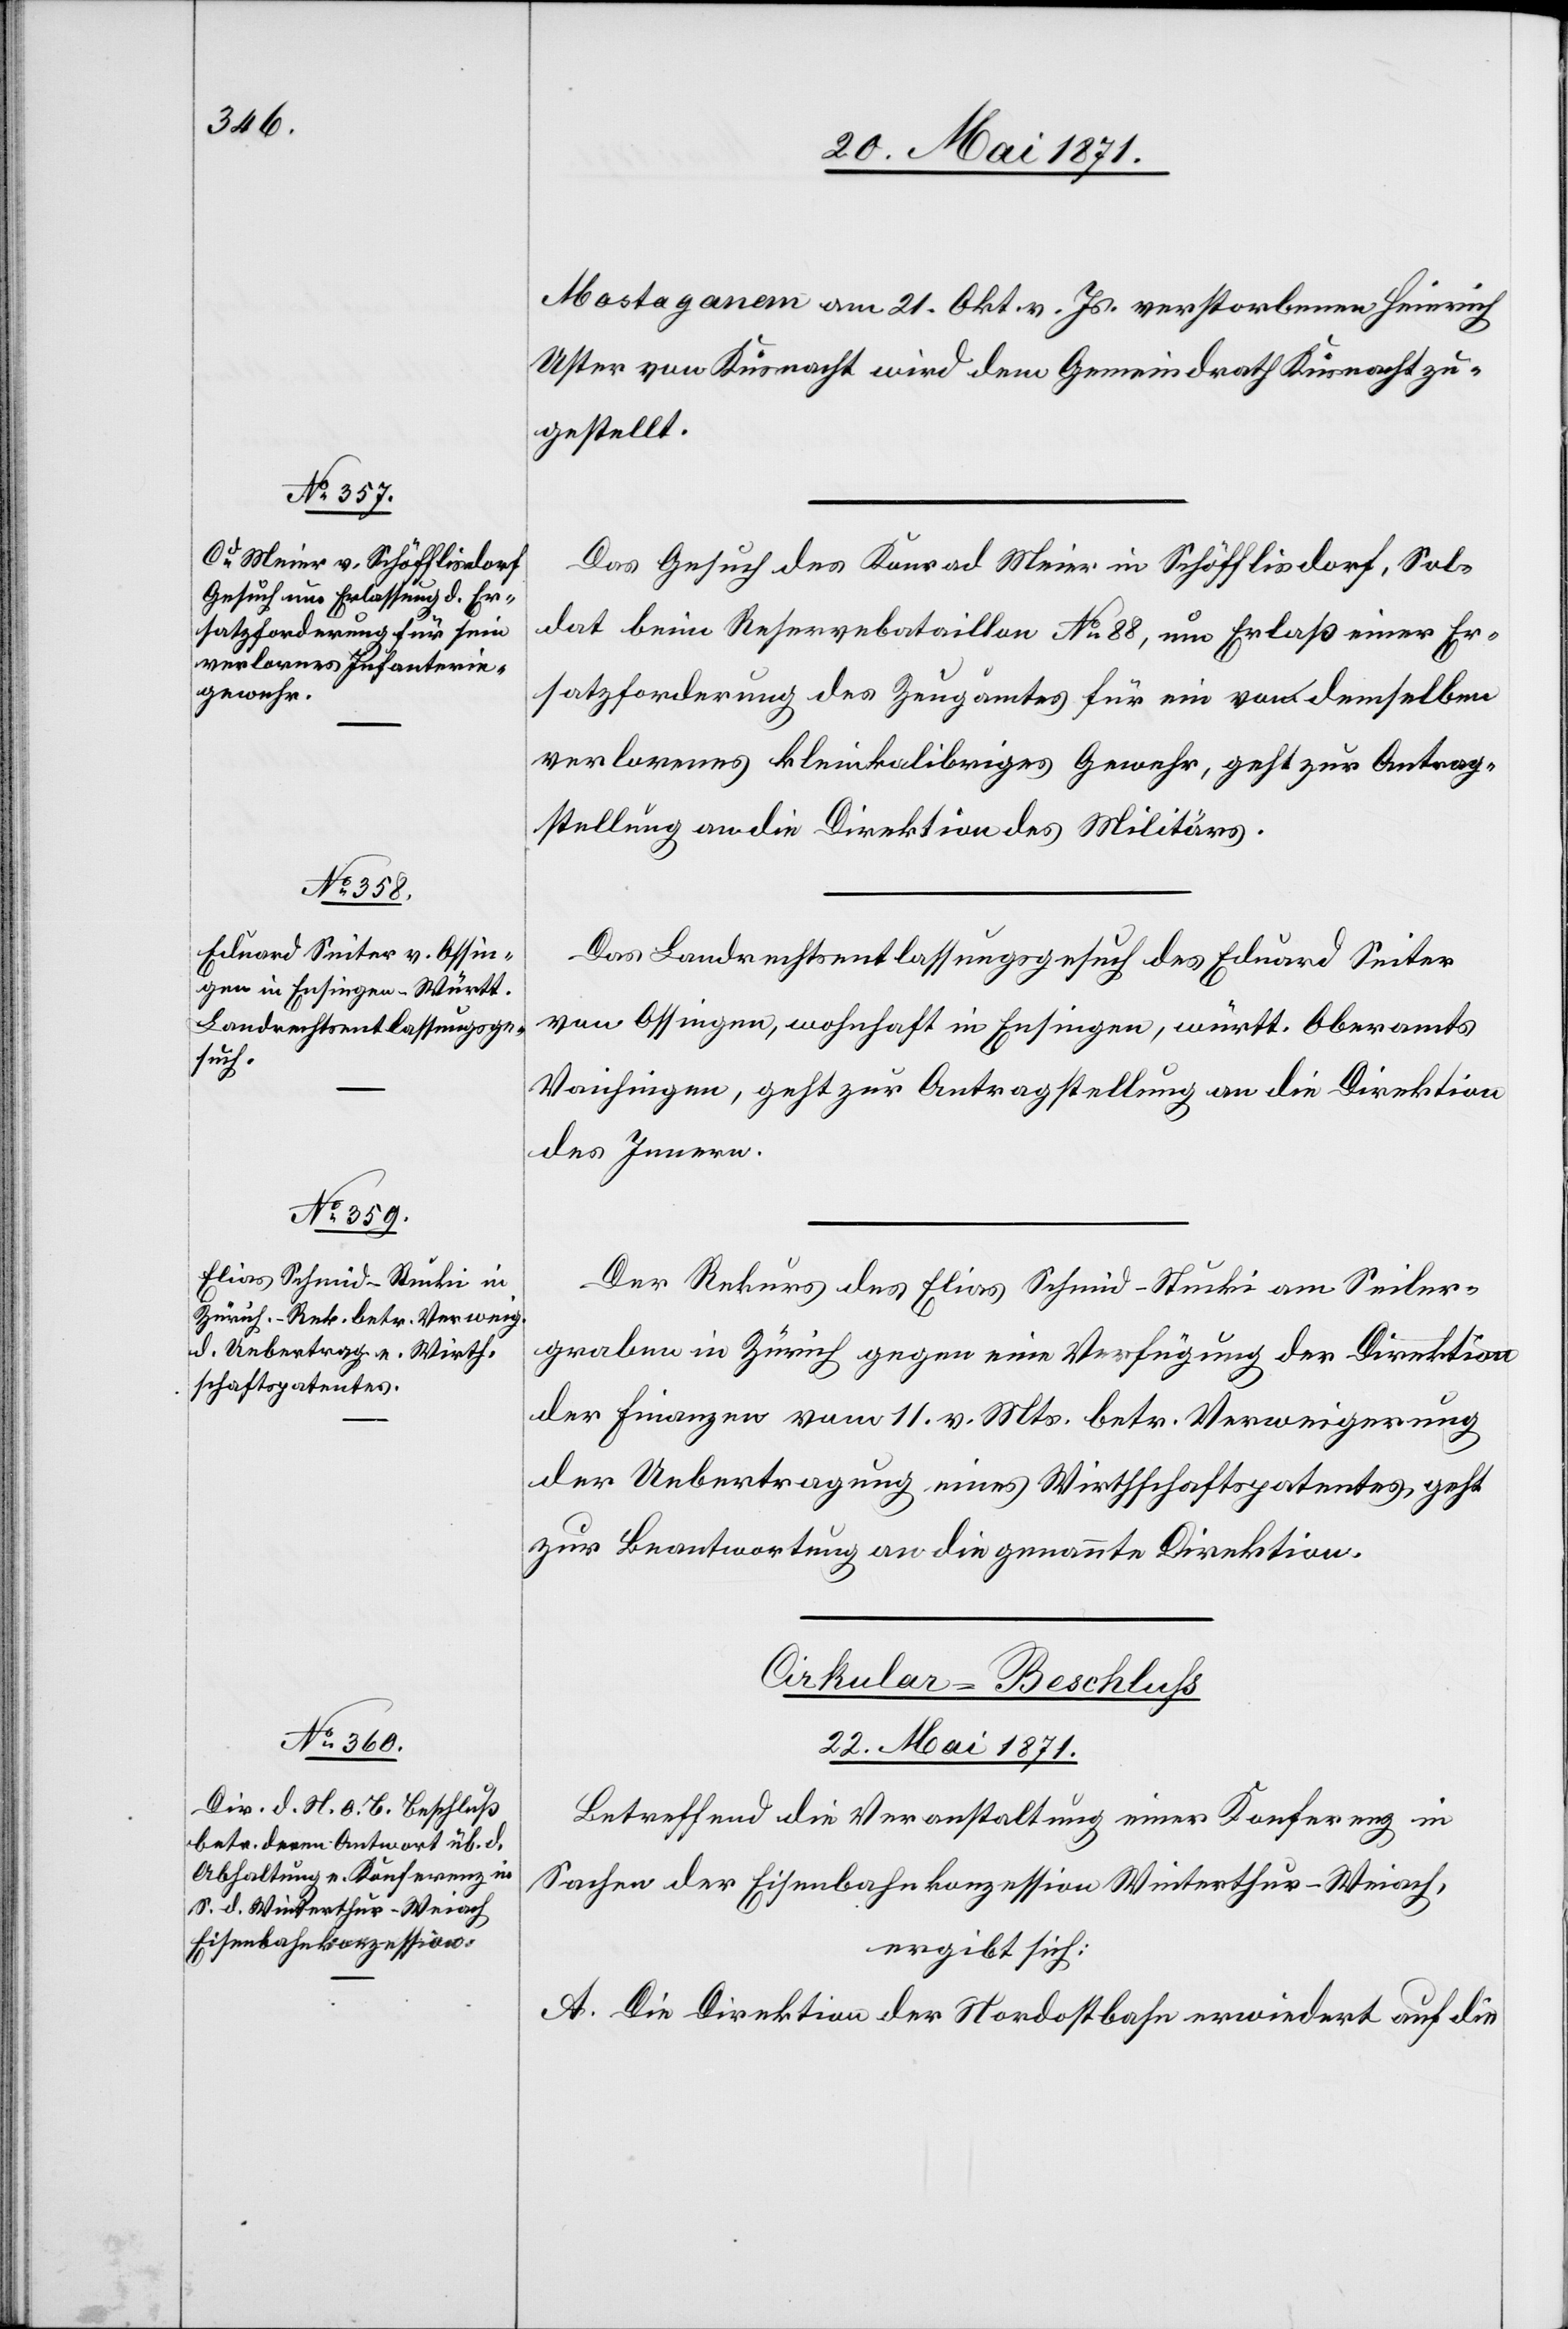
Mostaganem am 21. Okt. v. Js. verstorbenen Heinrich
Uster von Küsnacht wird dem Gemeindrath Küsnacht zu¬
gestellt.
Das Gesuch des Konrad Meier in Schöfflisdorf, Sol¬
dat beim Reservebataillon No. 88, um Erlaß einer Er¬
satzforderung des Zeugamtes für ein vom demselben
verlorenes kleinkalibriges Gewehr, geht zur Antrag¬
stellung an die Direktion des Militärs.
Das Landrechtsentlassungsgesuch des Eduard Seiter
von Ossingen, wohnhaft in Ensingen, württ. Oberamts
Vaichingen, geht zur Antragstellung an die Direktion
des Innern.
Der Rekurs des Elias Schmid-Stucki am Seiler¬
graben in Zürich gegen eine Verfügung der Direktion
der Finanzen vom 11. v. Mts. betr. Verweigerung
der Uebertragung eines Wirthschaftspatentes, geht
zur Beantwortung an die genannte Direktion.
Cirkular-Beschluß
22. Mai 1871.
Betreffend die Veranstaltung einer Konferenz in
Sachen der Eisenbahnkonzession Winterthur-Weiach,
ergibt sich:
A. Die Direktion der Nordostbahn erwiedert auf die